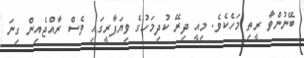
ބޭނުންވާ ރީތި މަހެކެވެ. މިއީ ދިރޭ ކުދިމަހުގެ ވިޔަފާރީގައި ވެސް ރާއްޖެއިން ގިނަ